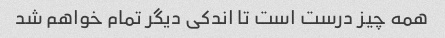
همه چیز درست است تا اندکی دیگر تمام خواهم شد